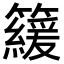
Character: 𥶍